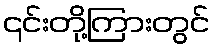
၎င်းတို့ကြားတွင်